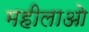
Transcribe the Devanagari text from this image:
महीलाओ